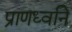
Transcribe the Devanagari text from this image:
प्राणध्वनि